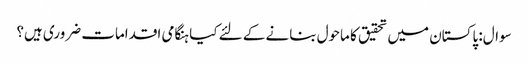
سوال: پاکستان میں تحقیق کا ماحول بنانے کے لئے کیا ہنگامی اقدامات ضروری ہیں؟